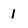
Character: 1